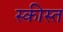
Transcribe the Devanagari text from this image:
स्कीस्त